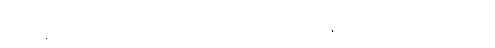
ငယ်ငယ်နဲ့ မုဆိုးဖို ဖြစ်တဲ့ ကိုယ်တော်မှိုင်းဟာ ကလေးတွေကို မိထွေး နှိပ်စက်မှာ စိုးလို့ နောက်အိမ်ထောင်